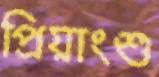
প্রিয়াংশু